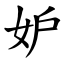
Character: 妒